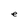
Character: e